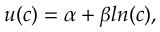
u ( c ) = \alpha + \beta l n ( c ) ,